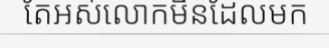
តែអស់លោកមិនដែលមក